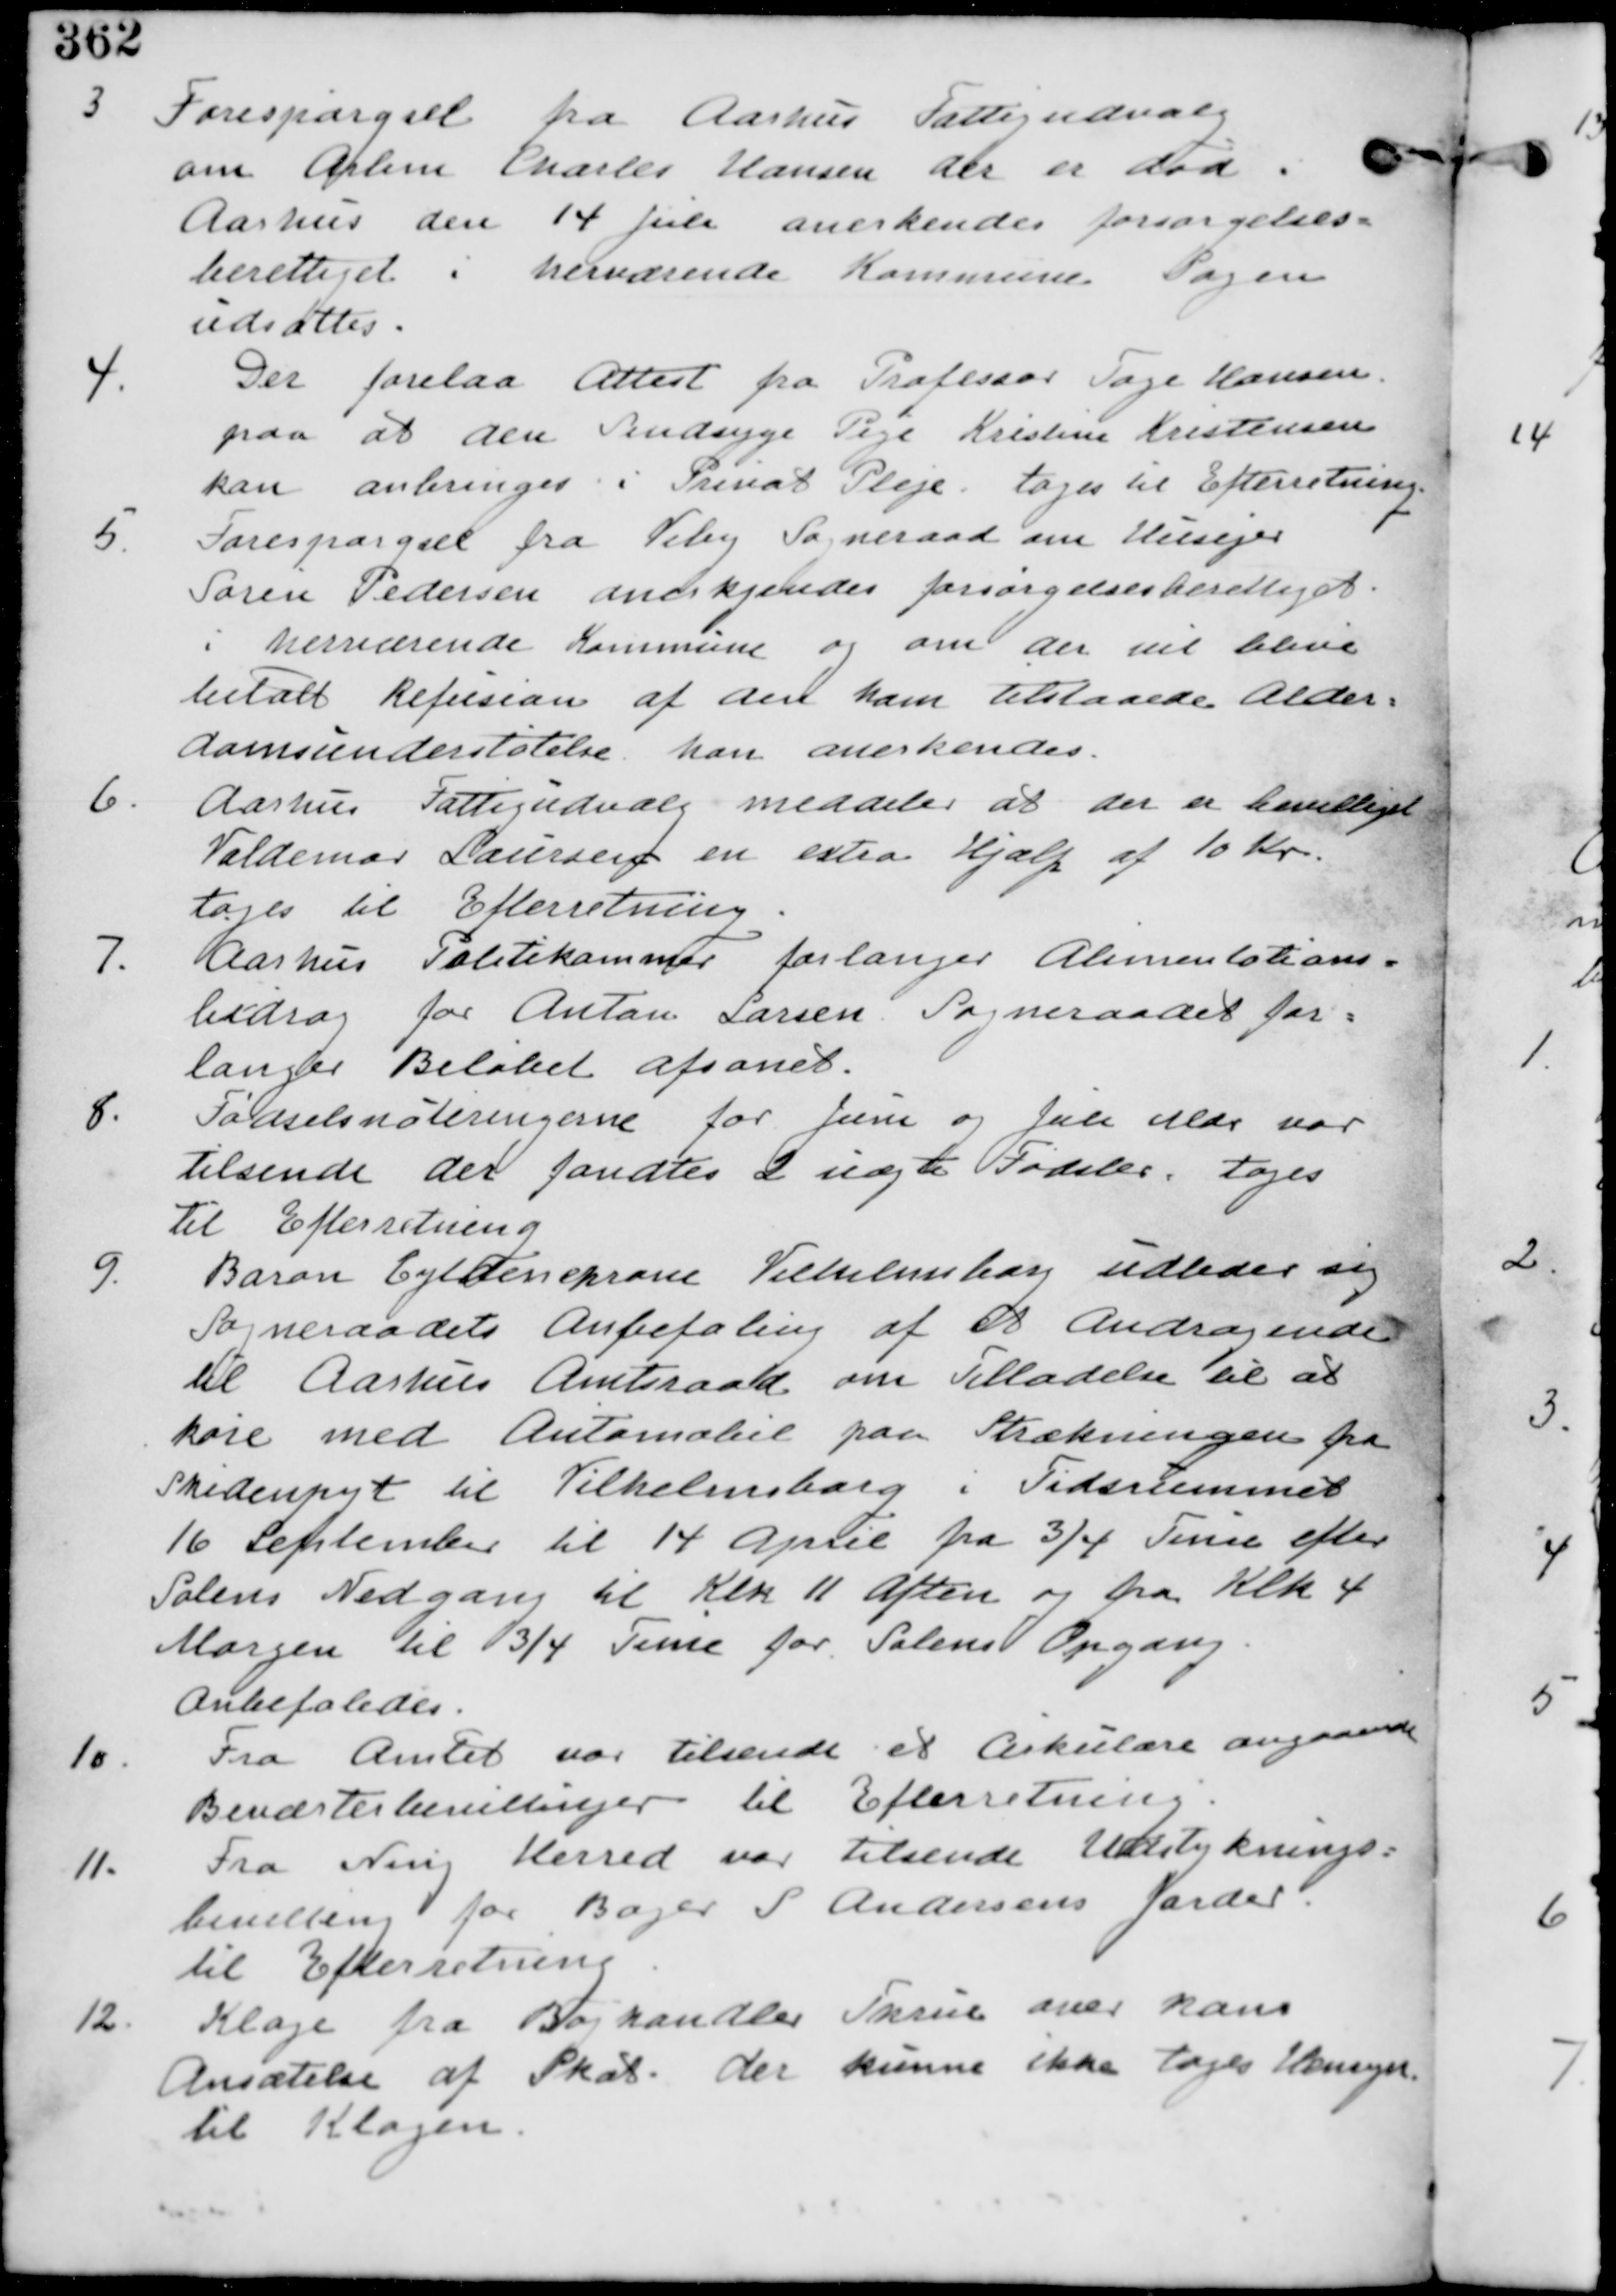
Transskription:
3 Forespørgsel fra Aarhus Fattigudvalg
0m Arbm Charles Hansen der er død i
Aarhus den 14 Juli anerkendes forsørgelses-
berettiget i herværende Sogn
udsattes.

4. Der forelaa Attest fra Professor Tage Hansen
paa at den Sindsyge Pige Kristine Kristensen
kan anbringes i Privat Pleje. tages til Efterretning.

5. Forespørgsel fra Viby Sogneraad om Husejer
Søren Pedersen anerkendes Forsørgelsesberettiget
i herværende Kommune og om der vil blive
betalt Refusion af deen ham tilstaaede Alder-
domsunderstøttelse kan anerkendes.

6. Aarhus Fattigudvalg meddeler at der er bevilliget
Valdemar Laursen en extra Hjælp af 10 Kr.
tages til Efterretning.

7. Aarhus Politikammer forlanger Alimentations-
bidrag for Anton Larsen Sogneraadet for-
langer Beløbet afsonet.

8. Fødselsnoteringerne for Juni og Juli Mdr var
tilsendt der fandtes 2 uægte Fødsler. tages
til Efterretning.

9. Baron Gyldenkrone Vilhelmsborg udbeder sig
Sogneraadets Anbefaling af et Andragende
til Aarhus Amtsraad om Tilladelse til at
køre med Automobil paa Strækningen fra
Skidenpyt til Vilhelmsborg i Tidsrummet
16 September til 14 April fra 3/4 Time efter
Solens Nedgang til Klk 11 Aften og fra Klk 4
Morgen til 3/4 Time før Solens Opgang
Anbefales.

10. Fra Amtet var tilsendt et Cirkulære angaaende
Beværterbevillinger til Efterretning.

11. Fra Ning Herred var tilsendt Udstyknings-
bevilling for Bager S Andersens Jorder
til Efterretning.

12. Klage fra Boghandler Skrue over hans
Ansættelse af Skat. der kunne ikke tages Hensyn
til Klagen.